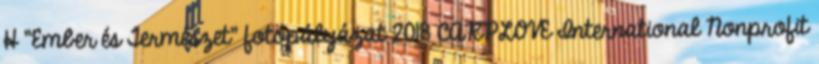
H "Ember és Természet" fotópályázat 2018 CARPLOVE International Nonprofit